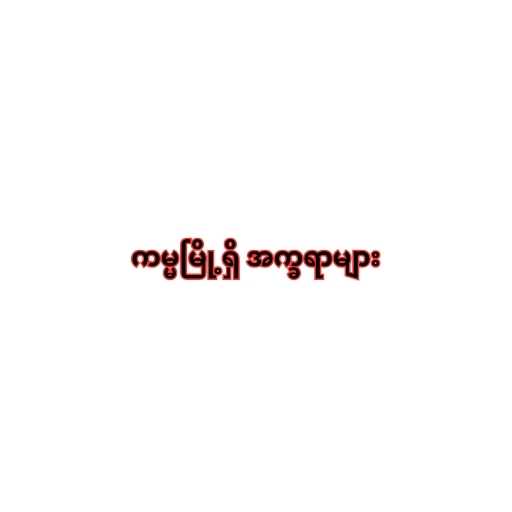
ကမ္မမြို့ရှိ အက္ခရာများ